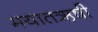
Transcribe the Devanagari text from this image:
मयातऋषी